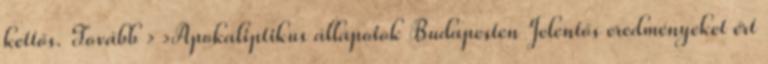
kettős. Tovább › ›Apokaliptikus állapotok Budapesten Jelentős eredményeket ért